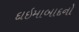
દાઇમાબાદનો